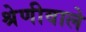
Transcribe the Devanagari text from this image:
श्रेणीवाले